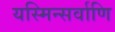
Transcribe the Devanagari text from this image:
यस्मिन्सर्वाणि